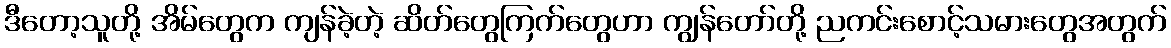
ဒီတော့သူတို့ အိမ်တွေက ကျန်ခဲ့တဲ့ ဆိတ်တွေကြက်တွေဟာ ကျွန်တော်တို့ ညကင်းစောင့်သမားတွေအတွက်